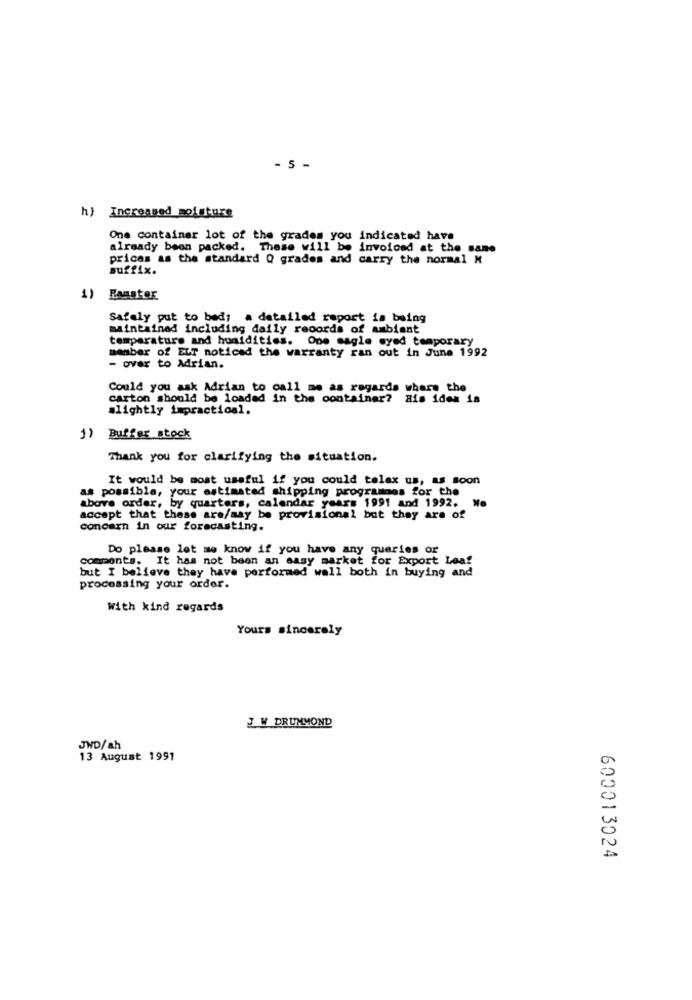
- 5 -
h) Increased moisture
One container lot of the grades you indicated have
already been packed. These will be invoiced at the same
prices as the standard Q grades and carry the normal M
suffix.
1) Hamster
Safely put to bed: a detailed report is being
maintained including daily records of ambiant
temperature and humidities. One eagle eyed temporary
member of ELT noticed the warranty ran out in June 1992
- over to Adrian.
Could you ask Adrian to call me as regards where the
carton should be loaded in the container? His idea is
slightly impractical.
1) Buffer stock
Thank you for clarifying the situation.
It would be most useful if you could telex us, as soon
as possible, your estimated shipping programmes for the
above order, by quarters, calendar years 1991 and 1992.
accept that these are/aay be provisional but they are of
concarn in our forecasting.
Do please let me know if you have any queries or
comments. It has not been an easy market for Export Lea?
but I believe they have performed wall both in buying and
processing your order.
With kind regards
Yours sincerely
J W DRUMMOND
JWD/ah
13 August 1991
600013024